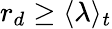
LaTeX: r_{d}\ge\langle\lambda\rangle_{t}